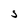
Character: S